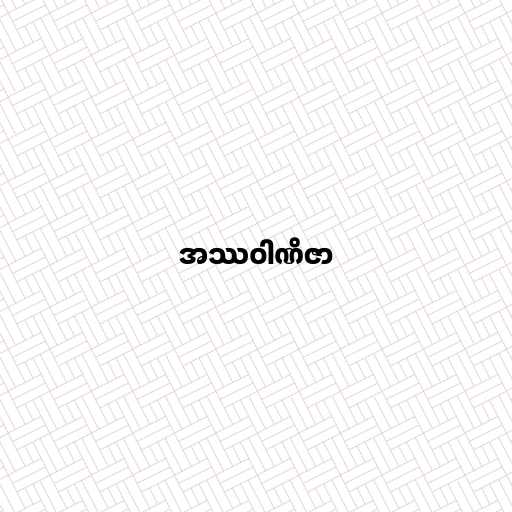
အဿဝါဏိဇာ